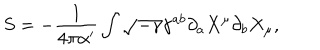
LaTeX: S = - \frac { 1 } { 4 \pi \alpha ^ { \prime } } \int \sqrt { - \gamma } \gamma ^ { a b } \partial _ { a } X ^ { \mu } \partial _ { b } X _ { \mu } ,